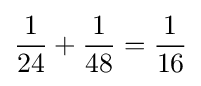
{\frac {1}{24}}+{\frac {1}{48}}={\frac {1}{16}}